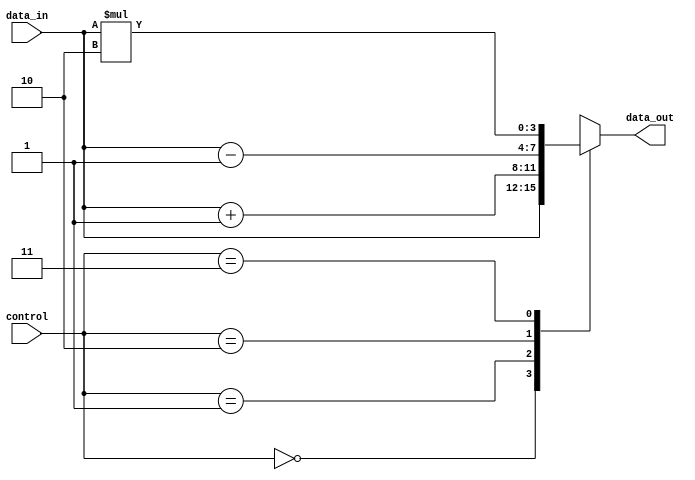
module priority_case_statement (
    input [1:0] control,
    input [3:0] data_in,
    output reg [3:0] data_out
);

// Priority case statement
always @*
begin
    case(control)
        2'b00 : data_out = data_in; // Highest priority case
        2'b01 : data_out = data_in + 1;
        2'b10 : data_out = data_in - 1;
        2'b11 : data_out = data_in * 2;
    endcase
end
endmodule